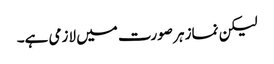
لیکن نماز ہر صورت میں لازمی ہے۔